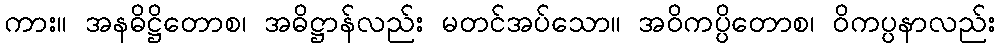
ကား။ အနဓိဋ္ဌိတောစ၊ အဓိဋ္ဌာန်လည်း မတင်အပ်သော။ အဝိကပ္ပိတောစ၊ ဝိကပ္ပနာလည်း